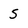
Character: S